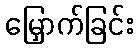
မြှောက်ခြင်း